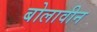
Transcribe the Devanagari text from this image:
बोलावीन